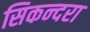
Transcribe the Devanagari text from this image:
सिकन्‍दरा